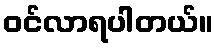
ဝင်လာရပါတယ်။